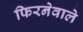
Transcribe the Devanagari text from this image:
फिरनेवाले